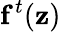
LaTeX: \mathbf f^{t}(\mathbf z)